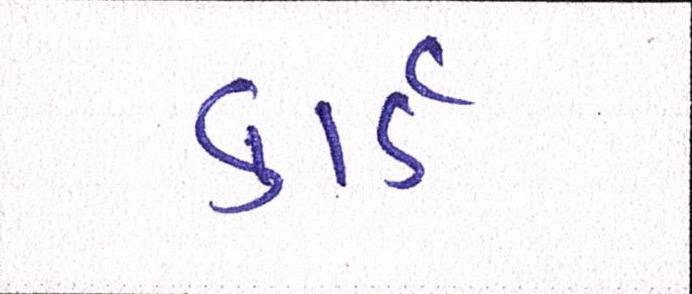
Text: કાર્ડ